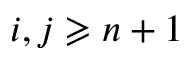
i , j \geqslant n + 1